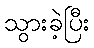
သွားခဲ့ပြီး